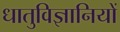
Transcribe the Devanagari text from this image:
धातुविज्ञानियों